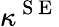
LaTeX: \kappa^{\mathrm{~S~E~}}